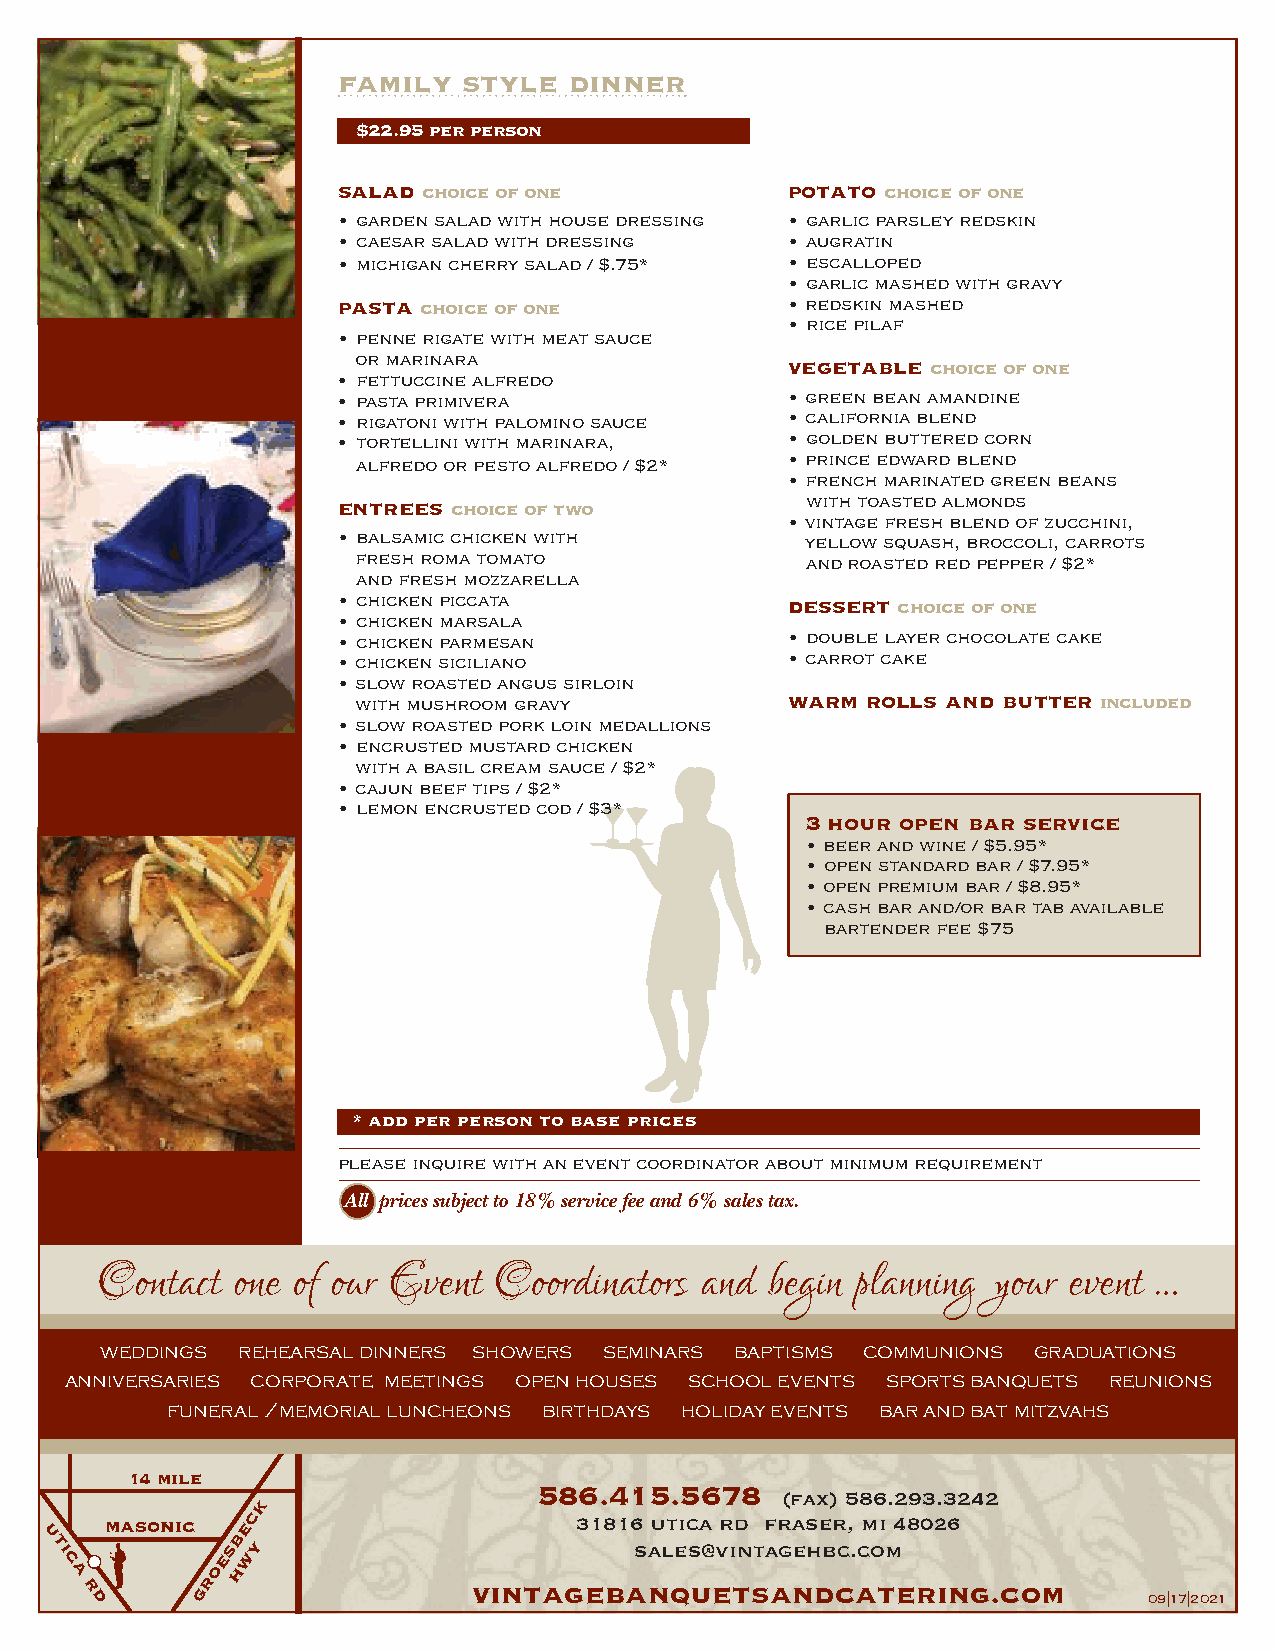
family   style  dinner
 $22.95 per person
 salad choice of one           potato choice of one
 • garden salad with house dressing • garlic parsley redskin
 • caesar salad with dressing  • augratin
 • michigan cherry salad / $.75* • escalloped
 • garlic mashed with gravy
 pasta choice of one           • redskin mashed
 • rice pilaf
 • penne rigate with meat sauce
 or marinara                 vegetable choice of one
 • fettuccine alfredo
 • pasta primivera             • green bean amandine
 • rigatoni with palomino sauce • california blend
 • tortellini with marinara,   • golden buttered corn
 alfredo or pesto alfredo / $2* • prince edward blend
 • french marinated green beans
 entrees choice of two          with toasted almonds
 • vintage fresh blend of zucchini,
 • balsamic chicken with        yellow squash, broccoli, carrots
 fresh roma tomato            and roasted red pepper / $2*
 and fresh mozzarella
 • chicken piccata             dessert choice of one
 • chicken marsala
 • chicken parmesan            • double layer chocolate cake
 • chicken siciliano           • carrot cake
 • slow roasted angus sirloin
 with mushroom gravy         warm rolls and butter included
 • slow roasted pork loin medallions
 • encrusted mustard chicken
 with a basil cream sauce / $2*
 • cajun beef tips / $2*
 • lemon encrusted cod / $3*
 3 hour open bar service
 • beer and wine / $5.95*
 • open standard bar / $7.95*
 • open premium bar / $8.95*
 • cash bar and/or bar tab available
 bartender fee $75
 * add per person to base prices
 please inquire with an event coordinator about minimum requirement
 All prices subject to 18% service fee and 6% sales tax.
 Contact  one of our Event  Coordinators and  begin planning your event …
 weddings rehearsal dinners showers seminars baptisms communions graduations
 anniversaries corporate meetings open houses school events sports banquets reunions
 funeral /memorial luncheons birthdays holiday events bar and bat mitzvahs
 14 mile
 586.415.5678
 k
 (fax) 586.293.3242
 masonic  ec                    31816 utica rd fraser, mi 48026
 u           b
 ti
 c
 a
 roes hwy          vintagebas  nal qes u@ evi tn sta ag neh db cc. aco tm
 ering.com
 r       g
 d                                                                     09|17|2021